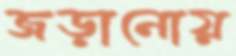
জড়ানোয়